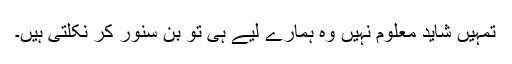
تمہیں شاید معلوم نہیں وہ ہمارے لیے ہی تو بن سنور کر نکلتی ہیں۔